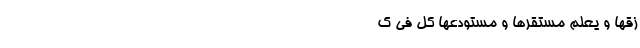
زْقُهَا وَ یَعْلَمُ مُسْتَقَرَّهَا وَ مُسْتَوْدَعَهَا کُلٌّ فِی ک